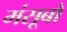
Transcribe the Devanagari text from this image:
मंसूबो